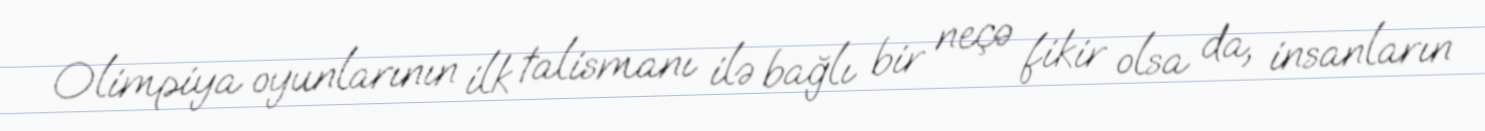
Olimpiya oyunlarının ilk talismanı ilə bağlı bir neçə fikir olsa da, insanların